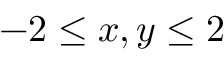
- 2 \leq x , y \leq 2